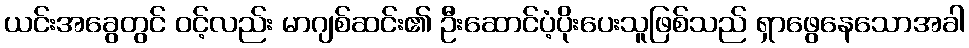
ယင်းအခွေတွင် ၀င့်လည်း မာဂျစ်ဆင်း၏ ဦးဆောင်ပံ့ပိုးပေးသူဖြစ်သည် ရှာဖွေနေသောအခါ